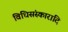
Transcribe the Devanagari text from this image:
विधिसंस्कारादि